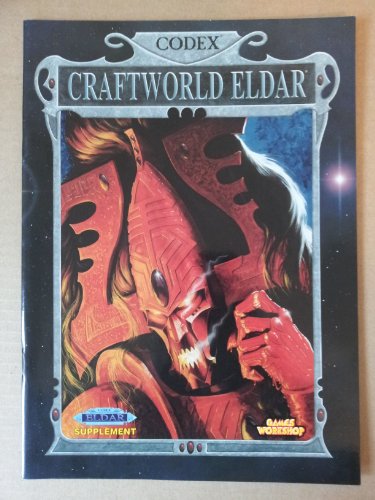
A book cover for Warhammer 40, 000 Codex: Craftworld Eldar; Gavin Thorpe; Teen & Young Adult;